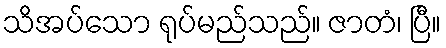
သိအပ်သော ရုပ်မည်သည်။ ဇာတံ၊ ပြီ။